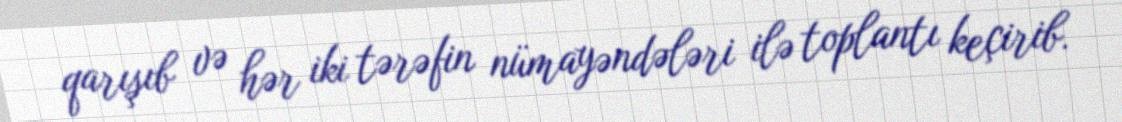
qarışıb və hər iki tərəfin nümayəndələri ilə toplantı keçirib.